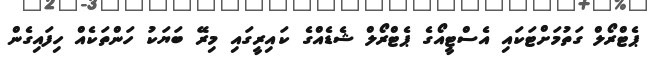
ޕެޓްރޯލް ގަތުމަށްޓަކައި އެސްޓީއޯގެ ޕެޓްރޯލް ޝެޑެއްގެ ކައިރީގައި މިރޭ ބަޔަކު ހަންތަކެއް ހިފައިގެން